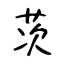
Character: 茨